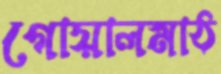
গোয়ালমাঠ